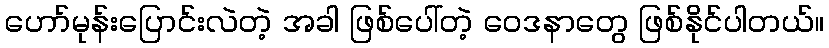
ဟော်မုန်းပြောင်းလဲတဲ့ အခါ ဖြစ်ပေါ်တဲ့ ဝေဒနာတွေ ဖြစ်နိုင်ပါတယ်။